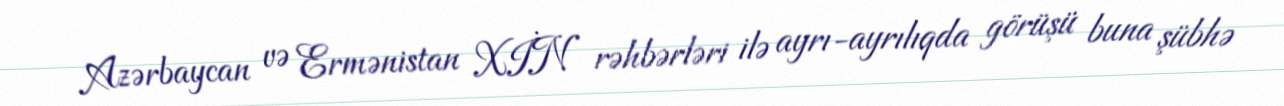
Azərbaycan və Ermənistan XİN rəhbərləri ilə ayrı-ayrılıqda görüşü buna şübhə